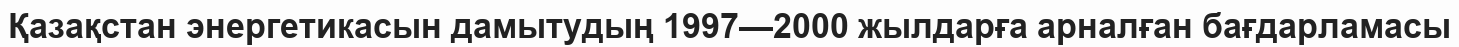
Қазақстан энергетикасын дамытудың 1997—2000 жылдарға арналған бағдарламасы